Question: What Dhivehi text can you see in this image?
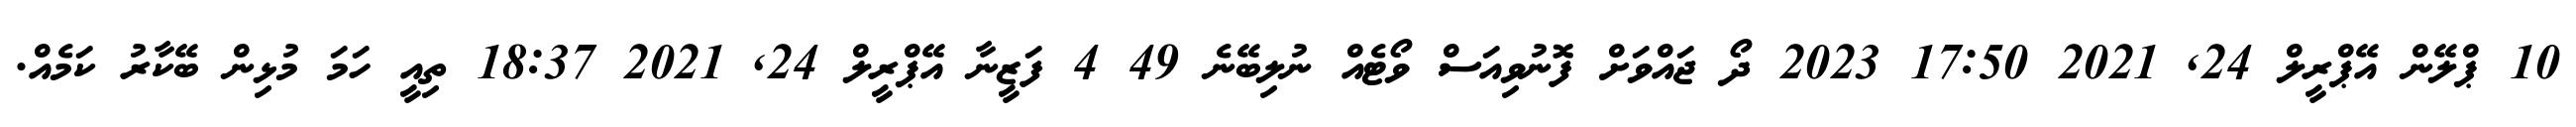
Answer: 10 ޕްލޭން އޭޕްރީލް 24, 2021 17:50 2023 ދޯ ޖައްވަށް ފޮނުވިއަސް ވޯޓެއް ނުލިބޭނެ 49 4 ފަޒީނާ އޭޕްރީލް 24, 2021 18:37 ތިއީ ހަމަ މުޅިން ބޭކާރު ކަމެއް.